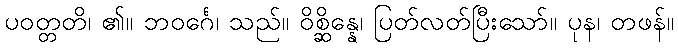
ပဝတ္တတိ၊ ၏။ ဘဝင်္ဂေ၊ သည်။ ဝိစ္ဆိန္နေ၊ ပြတ်လတ်ပြီးသော်။ ပုန၊ တဖန်။